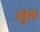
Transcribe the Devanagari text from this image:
।तुला